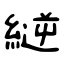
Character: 縌